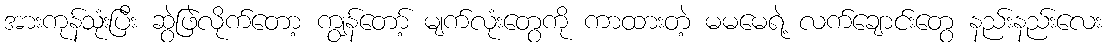
အားကုန်သုံးပြီး ဆွဲဖြဲလိုက်တော့ ကျွန်တော့် မျက်လုံးတွေကို ကာထားတဲ့ မမမေရဲ့ လက်ချောင်းတွေ နည်းနည်းလေး